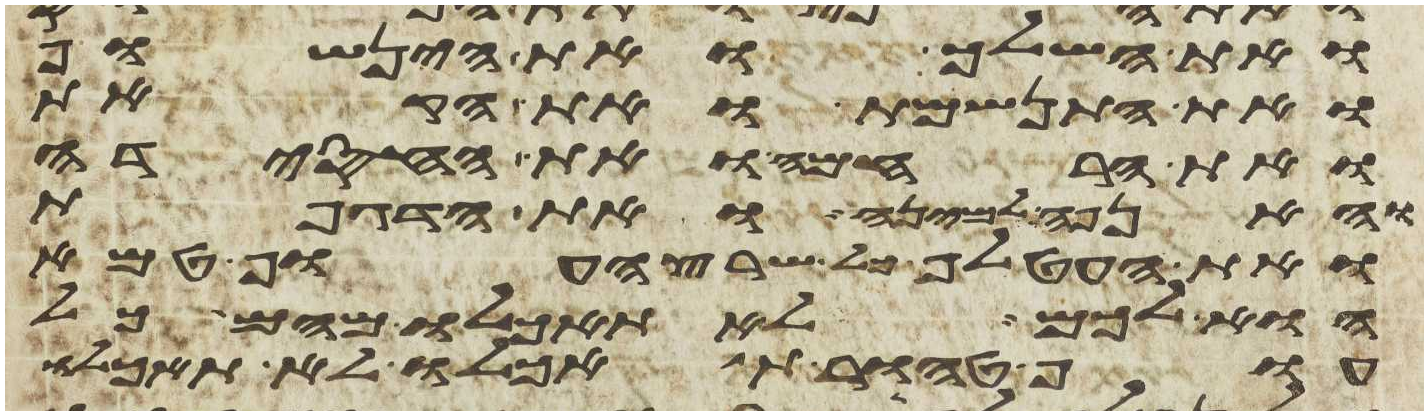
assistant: ואת השלך ואת הינשוף
ואת התנשמת ואת הקאת
ואת הרחמה ואת החסידה
והאנפה למינה ואת הדגיפת
ואת העטלף כל שרץ העוף טמא
הוא לכם לא תאכלו מהם כל
עוף טהור תאכלו לא תאכלו